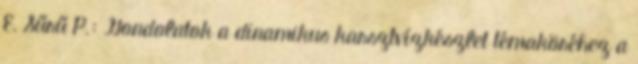
E. Sűrű P.: Gondolatok a dinamikus karsztvízkészlet témaköréhez a